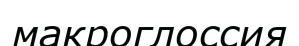
макроглоссия